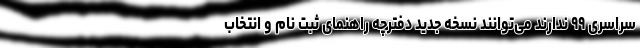
سراسری ۹۹ ندارند می‌توانند نسخه جدید دفترچه راهنمای ثبت نام و انتخاب